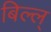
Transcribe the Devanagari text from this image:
बिल्ल्